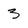
Character: 3